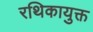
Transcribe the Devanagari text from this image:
रथिकायुक्त